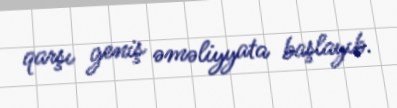
qarşı geniş əməliyyata başlayıb.